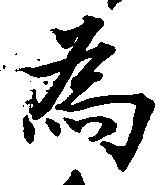
為